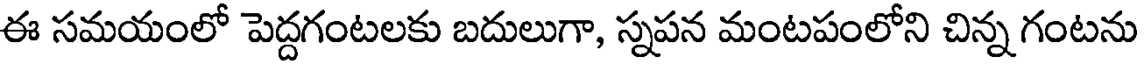
ఈ సమయంలో పెద్దగంటలకు బదులుగా, స్నపన మంటపంలోని చిన్న గంటను